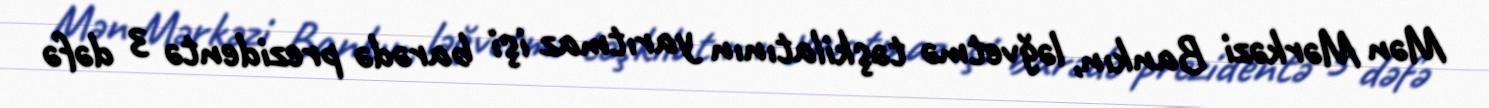
Mən Mərkəzi Bankın, ləğvetmə təşkilatının yarıtmaz işi barədə prezidentə 3 dəfə